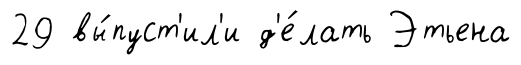
29 вы́пуст'ил'и д'е́лать Этьена